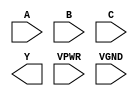
module sky130_fd_sc_hs__nand3 (
    //# {{data|Data Signals}}
    input  A   ,
    input  B   ,
    input  C   ,
    output Y   ,

    //# {{power|Power}}
    input  VPWR,
    input  VGND
);
endmodule